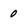
Character: 0